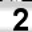
Digit: 2